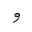
Letter: _waw